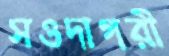
সওদাগরী